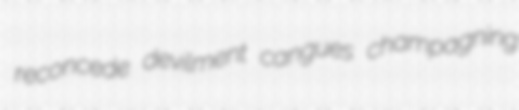
reconcede devilment cangues champagning